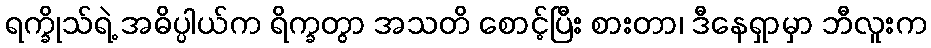
ရက္ခိုသ်ရဲ့ အဓိပ္ပါယ်က ရိက္ခတွာ အသတိ စောင့်ပြီး စားတာ၊ ဒီနေရှာမှာ ဘီလူးက